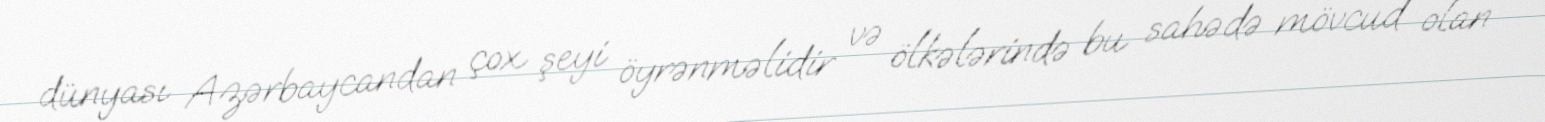
dünyası Azərbaycandan çox şeyi öyrənməlidir və ölkələrində bu sahədə mövcud olan